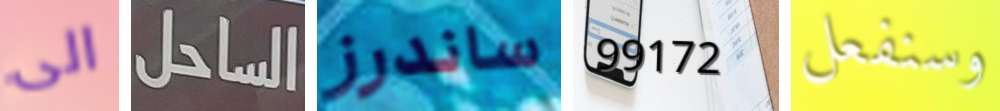
الى الساحل ساندرز 99172 وسنفعل